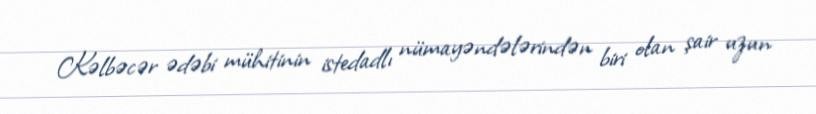
Kəlbəcər ədəbi mühitinin istedadlı nümayəndələrindən biri olan şair uzun